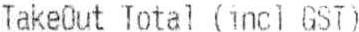
TAKEOUT TOTAL (INCL GST)